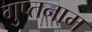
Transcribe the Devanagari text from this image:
गुप्तनाम